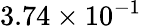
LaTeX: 3.74\times 10^{-1}